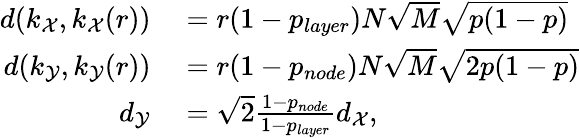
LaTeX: \begin{array}{rl}{d(k_{\mathcal{X}},k_{\mathcal{X}}(r))}&{{}=r(1-p_{layer})N\sqrt{M}\sqrt{p(1-p)}}\\ {d(k_{\mathcal{Y}},k_{\mathcal{Y}}(r))}&{{}=r(1-p_{node})N\sqrt{M}\sqrt{2p(1-p)}}\\ {d_{\mathcal{Y}}}&{{}=\sqrt{2}\frac{1-p_{node}}{1-p_{layer}}d_{\mathcal{X}},}\end{array}